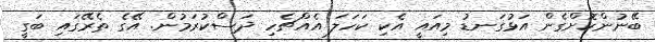
ބޭނުންކޮށްގެން އަޅުގަނޑު މިއައީ އެކި ކަހަލަ އެއްޗެހި ދަސްކުރަމުން. އޭގެ ތެރޭގައި ބަގީ